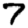
Digit: 7